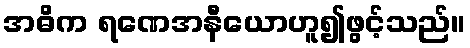
အဓိက ရဏေအနီယောဟူ၍ဖွင့်သည်။